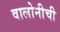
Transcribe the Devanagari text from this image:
वालोनीची